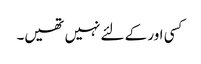
کسی اور کے لئے نہیں تھیں۔